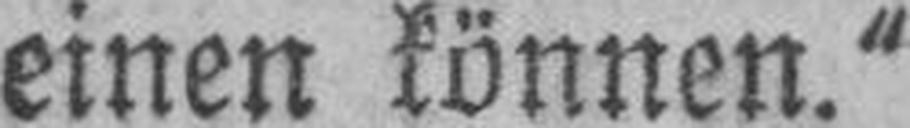
einen können.“